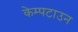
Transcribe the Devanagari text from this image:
केम्पटाउन